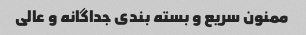
ممنون سریع و بسته بندی جداگانه و عالی